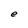
Character: e